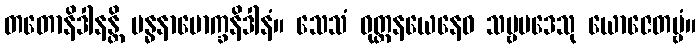
တတောနိဒါနန္တိ ဗန္ဓနာမောက္ခနိဒါနံ။ သေသံ ဝုတ္တနယေနေဝ သဗ္ဗပဒေသု ယောဇေတဗ္ဗံ။